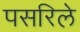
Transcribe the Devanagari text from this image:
पसरिले